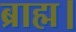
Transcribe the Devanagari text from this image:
ब्राह्म।